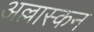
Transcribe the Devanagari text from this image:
अल्लास्कन